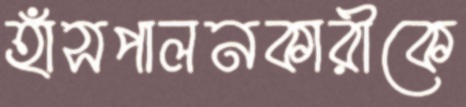
হাঁসপালনকারীকে